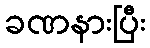
ခဏနားပြီး